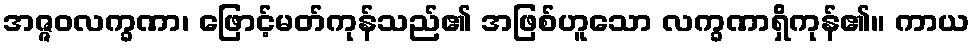
အဇ္ဇဝလက္ခဏာ၊ ဖြောင့်မတ်ကုန်သည်၏ အဖြစ်ဟူသော လက္ခဏာရှိကုန်၏။ ကာယ